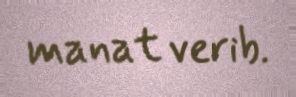
manat verib.